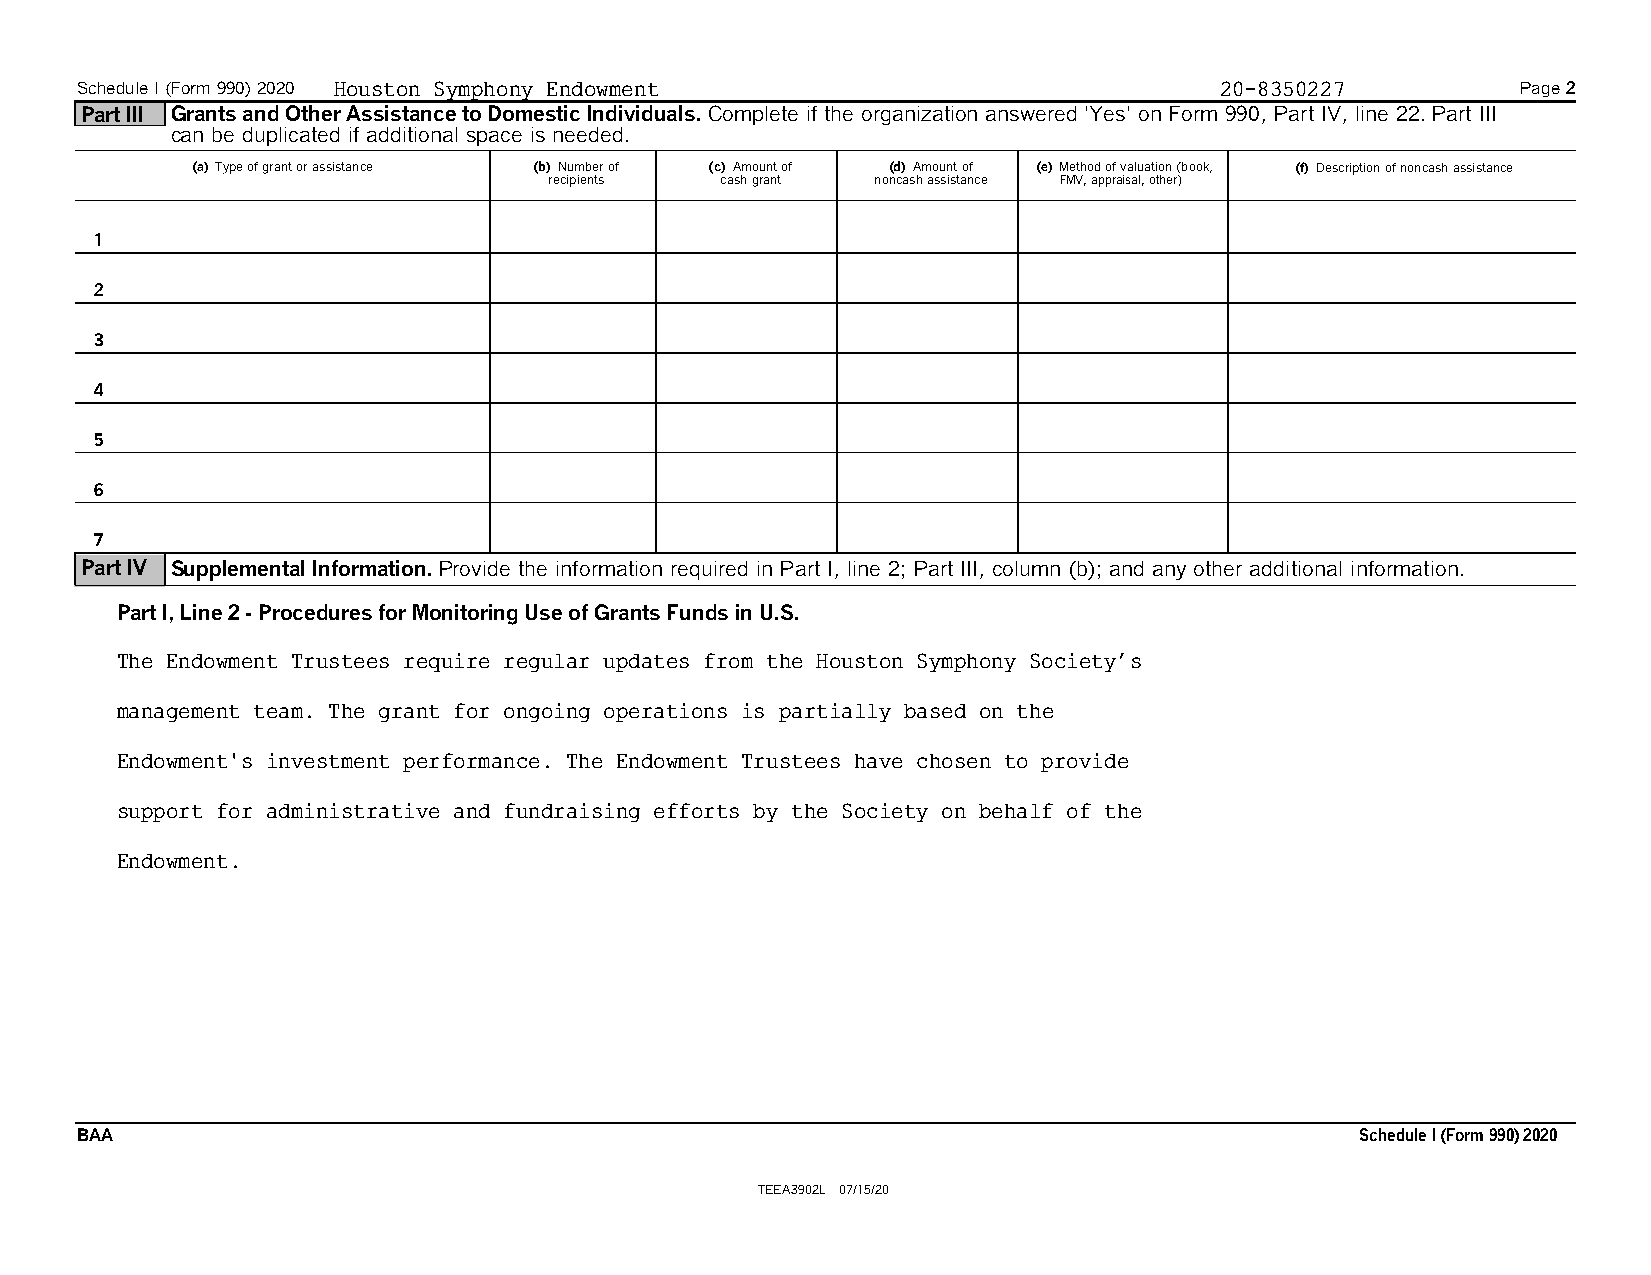
Schedule I (Form 990) 2020 Houston Symphony Endowment                       20-8350227          Page 2
 Part III Grants and Other Assistance to Domestic Individuals. Complete if the organization answered 'Yes' on Form 990, Part IV, line 22.Part III
 can be duplicated if additional space is needed.
 (a) Type of grant or assistance (b) Number of (c) Amount of (d) Amount of (e) Method of valuation (book, (f) Description of noncash assistance
 recipients  cash grant noncash assistance FMV, appraisal, other)
 1
 2
 3
 4
 5
 6
 7
 Part IV Supplemental Information. Provide the information required in Part I, line 2; Part III, column (b); and any other additional information.
 Part I, Line 2 - Procedures for Monitoring Use of Grants Funds in U.S.
 The Endowment Trustees require regular updates from the Houston Symphony Society’s
 management team. The grant for ongoing operations is partially based on the
 Endowment's investment performance. The Endowment Trustees have chosen to provide
 support for administrative and fundraising efforts by the Society on behalf of the
 Endowment.
 BAA                                                                                  ScheduleI(Form 990) 2020
 TEEA3902L 07/15/20